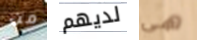
من لديهم هي